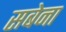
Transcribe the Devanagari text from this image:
सबेना